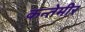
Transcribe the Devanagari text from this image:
कन्तेमीर